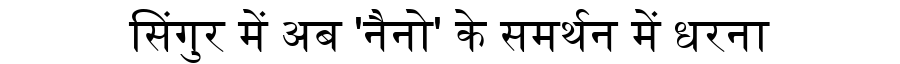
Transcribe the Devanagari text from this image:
सिंगुर में अब 'नैनो' के समर्थन में धरना